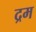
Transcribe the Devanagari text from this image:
द्रम